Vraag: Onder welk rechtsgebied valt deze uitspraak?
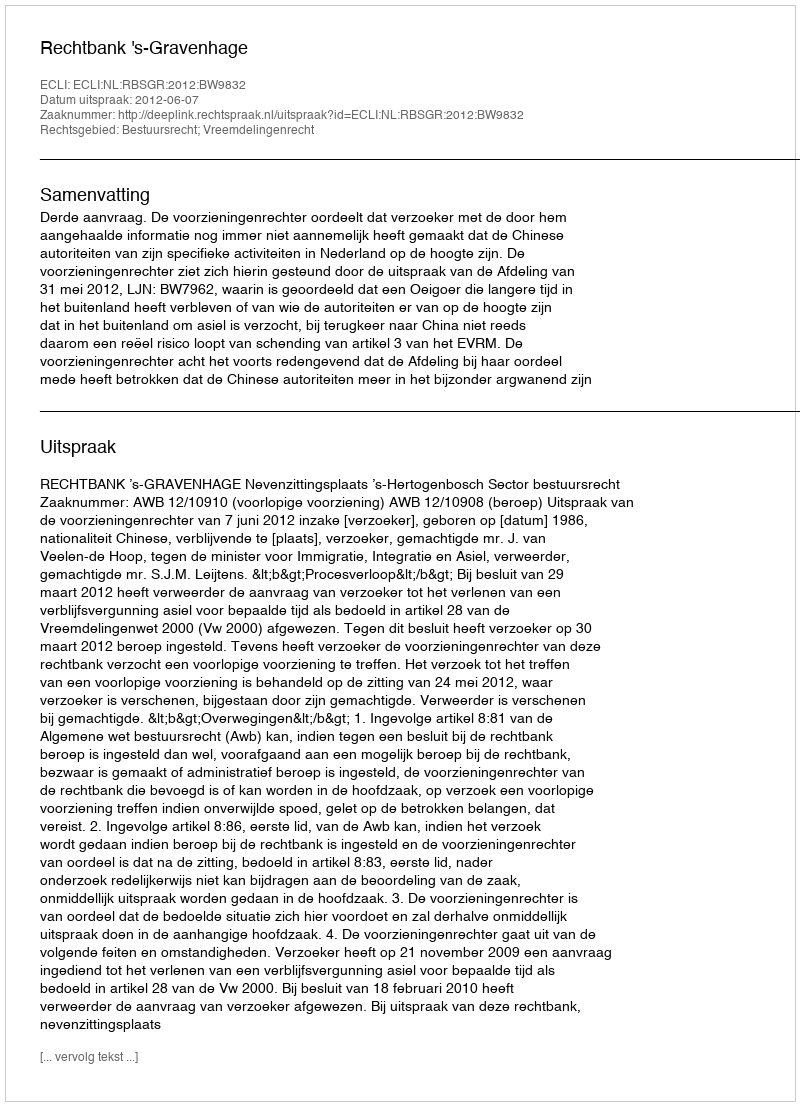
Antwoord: Bestuursrecht; Vreemdelingenrecht